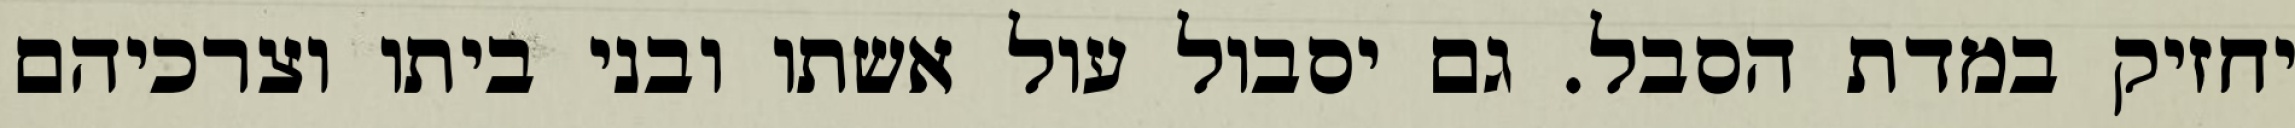
יחזיק במדת הסבל. גם יסבול עול אשתו ובני ביתו וצרכיהם